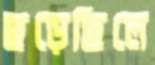
ছড়েছিলে